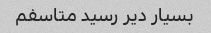
بسیار دیر رسید متاسفم